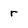
Character: r